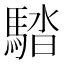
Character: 𩣯